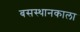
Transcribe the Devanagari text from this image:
बसस्थानकाला